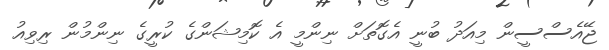
ޖޭއެސްސީން މިއަދު ބުނީ އެގޮތަށް ނިންމީ އެ ކޮމިޝަންގެ ކުރީގެ ނިންމުން ރިވިއު